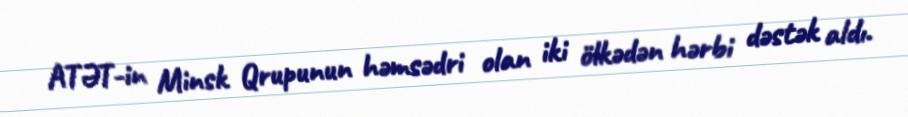
ATƏT-in Minsk Qrupunun həmsədri olan iki ölkədən hərbi dəstək aldı.